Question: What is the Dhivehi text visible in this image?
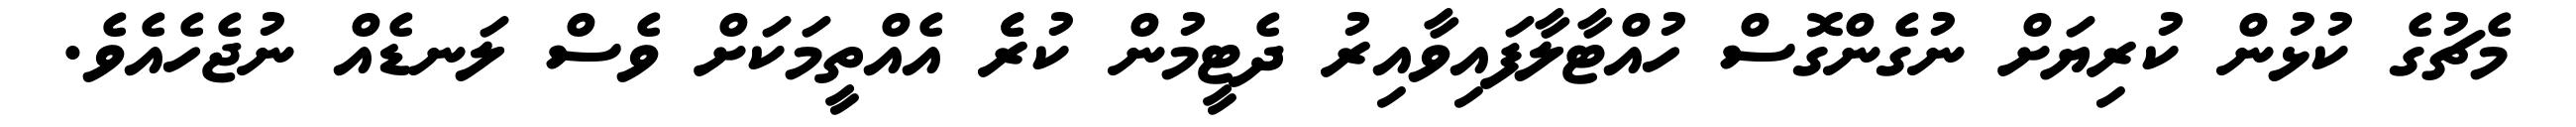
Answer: މެޗުގެ ކުޅުން ކުރިޔަށް ނުގެންގޮސް ހުއްޓާލާފައިވާއިރު ދެޓީމުން ކުރެެ އެއްތީމަކަށް ވެސް ލަނޑެއް ނުޖެހެއެވެ.